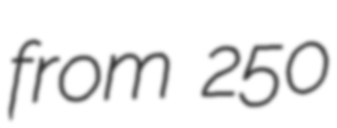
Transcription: from 250